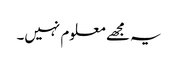
یہ مجھے معلوم نہیں۔